Annual statistical returns and brief notes on vaccination in Bengal - 1887-1898
Year: 1887
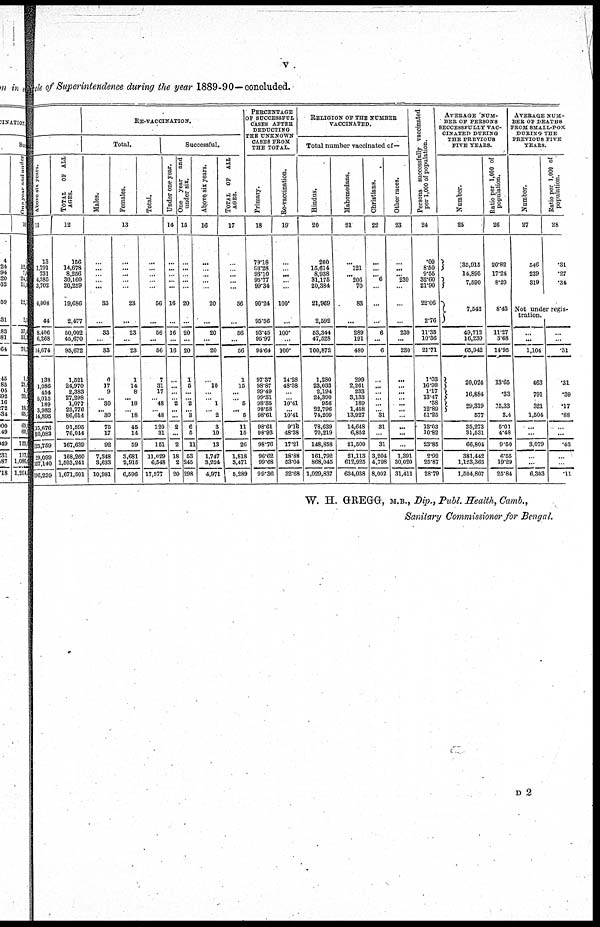
v
cle of Superintendence during the year 1889-90—concluded.
Above six years.
11
13
1,791
731
4,385
3,702
4,008
44
8,406
6,268
14,674
138
1,086
454
5,015
189
3,982
14,895
15,676
10,083
25,759
29,099
167,140
196,239
TOTAL OF ALL
AGES.
12
156
14,678
8,256
30,160
20,259
19,686
2,477
50,002
45,670
96,672
1,521
24,970
2,383
27,298
1,077
23,776
86,614
91,595
76,044
167,639
168,260
1,503,241
1,671,501
RE-VACCINATION.
Total.
Males.
Females.
Total.
13
...
...
...
...
...
33
...
33
...
33
6
17
9
... 30
... 30
75
17
92
7,348
3,633
10,981
...
...
...
...
...
23
...
23
...
23
1
14
8
... 18
... 18
45
14
59
3,681
2,915
6,596
...
...
...
... ...
56
...
56
...
56
7
31
17
... 48
... 48
120
31
151
11,029
6,548
17,577
Successful.
Under one year.
14
...
...
...
...
...
16
...
16
...
16
...
...
...
... 2
...
...
2
...
2
18
2
20
One year
and
under six.
15
...
...
...
...
...
20
...
20
...
20
1
5
...
...
2
... 3
6
5
11
53
245
298
Above six years.
16
...
...
...
...
...
20
...
20
...
20
...
10
...
... 1
... 2
3
10
13
1,747
3,224
4,971
TOTAL OF ALL
AGES.
17
...
...
...
...
...
56
...
56
...
56
1
15
... ...
5
...
5
11
15
26
1,818
3,471
5,289
PERCENTAGE
OF SUCCESSFUL
CASES AFTER
DEDUCTING
THE UNKNOWN
CASES FROM
THE TOTAL.
Primary.
18
79.18
93.28
93.10
95.77
99.34
90.24
95.56
93.45
95.97
94.64
97.37
98.87
99.49
99.31
98.3
98.58
98.61
98.61
98.93
98.76
96.62
99.68
99.36
Re-vaccination.
19
...
...
...
...
...
100.
...
100.
...
100.
14.28
48.38
...
...
10.41
...
10.41
9.16
48.38
17.21
18.88
53.04
32.68
RELIGION OF THE NUMBER
VACCINATED.
Total number vaccinated of—
Hindus.
20
200
15,614
8,938
31,175
20,384
21,969
2,592
53,344
47,528
100,872
1,280
23,033
2,194
24,390
956
22,796
74,209
78,639
70,219
148,858
161,792
868,045
1,029,837
Mahomedans.
21
...
121
...
206
70
83
...
289
191
480
299
2,261
233
3,133
189
1,458
13,927
14,648
6,852
21,500
21,113
612,925
634,038
Christians.
22
...
...
...
6
...
...
...
6
...
6
...
...
...
...
...
...
31
31
...
31
3,204
4,798
8,002
Other races.
23
...
...
... 230
...
...
...
230
...
230
...
...
...
...
...
...
...
...
...
...
1,391
30,020
31,411
Persons successfully vaccinated
per 1,000 of population.
24
.09
8.50
9.55
32.60
21.90
22.06
2.76
11.36
10.36
21.71
1.03
16.98
1.17
13.47
.58
12.89
51.25
13.03
10.82
23.85
2.92
25.87
28.79
AVERAGE NUM-
BER OF PERSONS
SECCESSFULLY VAC-
CINATED DURING
THE PREVIOUS
FIVE YEARS.
Number.
25
35,915
14,895
7,590
7,542
49,712
16,230
65,942
20,024
16,884
29,319
577
35,273
31,531
66,804
381,442
1,123,365
1,504,807
Ratio per 1,000 of
population.
26
20.82
17.24
8.20
8.43
11.27
3.68
14.96
13.65
.33
15.33
3.4
5.01
4.48
9.50
6.65
19.29
25.84
AVERAGE NUM-
BER OF DEATHS
FROM SMALL-POX
DURING THE
PREVIOUS FIVE
YEARS.
Number.
27
546
239
319
Ratio per 1,000 of
population.
28
.31
.27
.34
Not under regis-
tration.
...
...
1,104
463
791
321
1,504
...
...
3,079
...
...
6,303
...
...
.31
.31
.39
.17
.88
...
...
.43
...
...
.11
W. H. GREGG, M.B., Dip., Publ. Health, Camb.,
Sanitary Commissioner for Bengal.
D 2